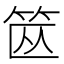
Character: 𱷶